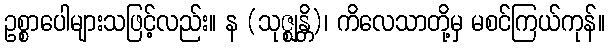
ဥစ္စာပေါများသဖြင့်လည်း။ န (သုဇ္ဈန္တိ)၊ ကိလေသာတို့မှ မစင်ကြယ်ကုန်။